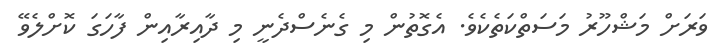
ވަރަށް މަޝްހޫރު މަސަތްކަތެކެވެ. އެގޮތުން މި ގެނެސްދެނީ މި ދާއިރާއިން ފާހަގަ ކޮށްލެވޭ